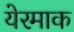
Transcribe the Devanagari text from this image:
येरमाक